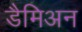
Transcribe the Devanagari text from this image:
डैमिअन